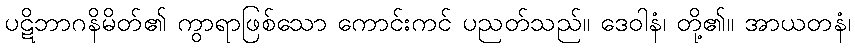
ပဋိဘာဂနိမိတ်၏ ကွာရာဖြစ်သော ကောင်းကင် ပညတ်သည်။ ဒေဝါနံ၊ တို့၏။ အာယတနံ၊